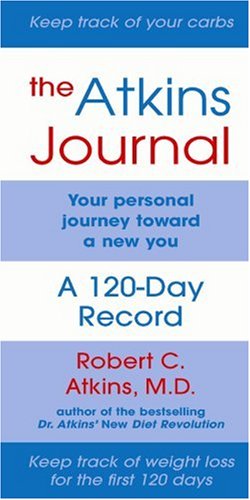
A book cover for Dr. Atkins' Journal Package; M.D., Robert C. Atkins; Health, Fitness & Dieting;